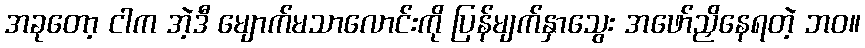
အခုတော့ ငါက အဲ့ဒီ မျောက်မသာလောင်းကို ပြန်မျက်နှာသွေး အဖော်ညှိနေရတဲ့ ဘဝ။